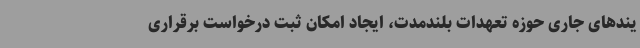
یندهای جاری حوزه تعهدات بلندمدت، ایجاد امکان ثبت درخواست برقراری